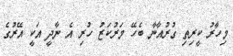
މިހާރު ކީރިތި ގުރުއާނާ ބެހޭ މަރުކަޒު ހުރި އެ ނާދީ އަކީ އޭރުގެ